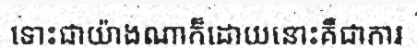
ទោះជាយ៉ាងណាក៏ដោយនោះគឺជាការ